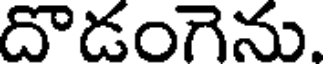
దొడంగెను.